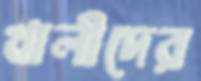
খালীদের